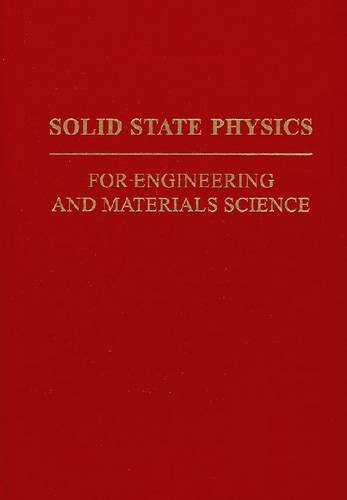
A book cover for Solid State Physics for Engineering and Materials Science; John Philip McKelvey; Science & Math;